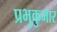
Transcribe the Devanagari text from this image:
प्रभुकुमार